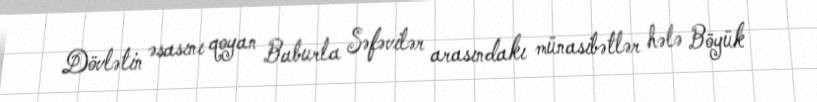
Dövlətin əsasını qoyan Baburla Səfəvilər arasındakı münasibətlər hələ Böyük